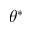
\theta ^ { * }